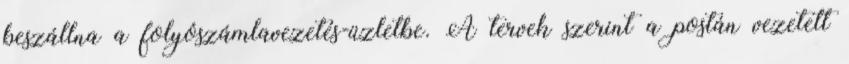
beszállna a folyószámlavezetés-üzletbe. A tervek szerint a postán vezetett